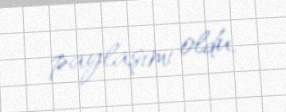
paylaşımı oldu.